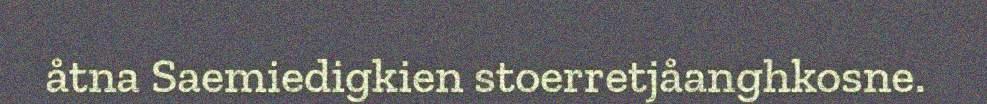
åtna Saemiedigkien stoerretjåanghkosne.